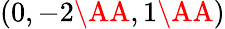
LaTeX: (0,-2\textup{\AA},1\textup{\AA})